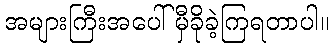
အများကြီးအပေါ် မှီခိုခဲ့ကြရတာပါ။